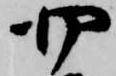
四